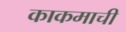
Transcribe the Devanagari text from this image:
काकमाची